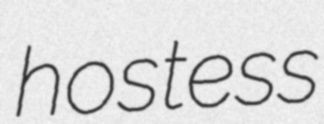
hostess